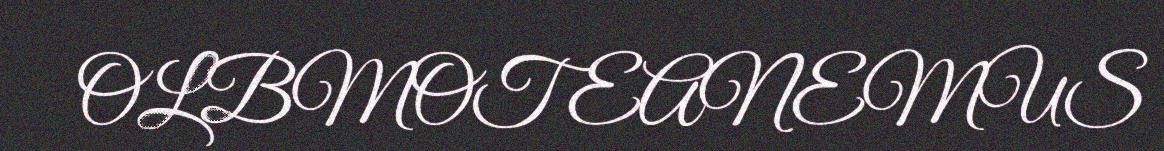
OLBMOT EANEMUS